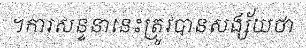
។ការសន្ទនានេះត្រូវបានសង្ស័យថា